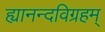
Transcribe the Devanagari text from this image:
ह्यानन्दविग्रहम्